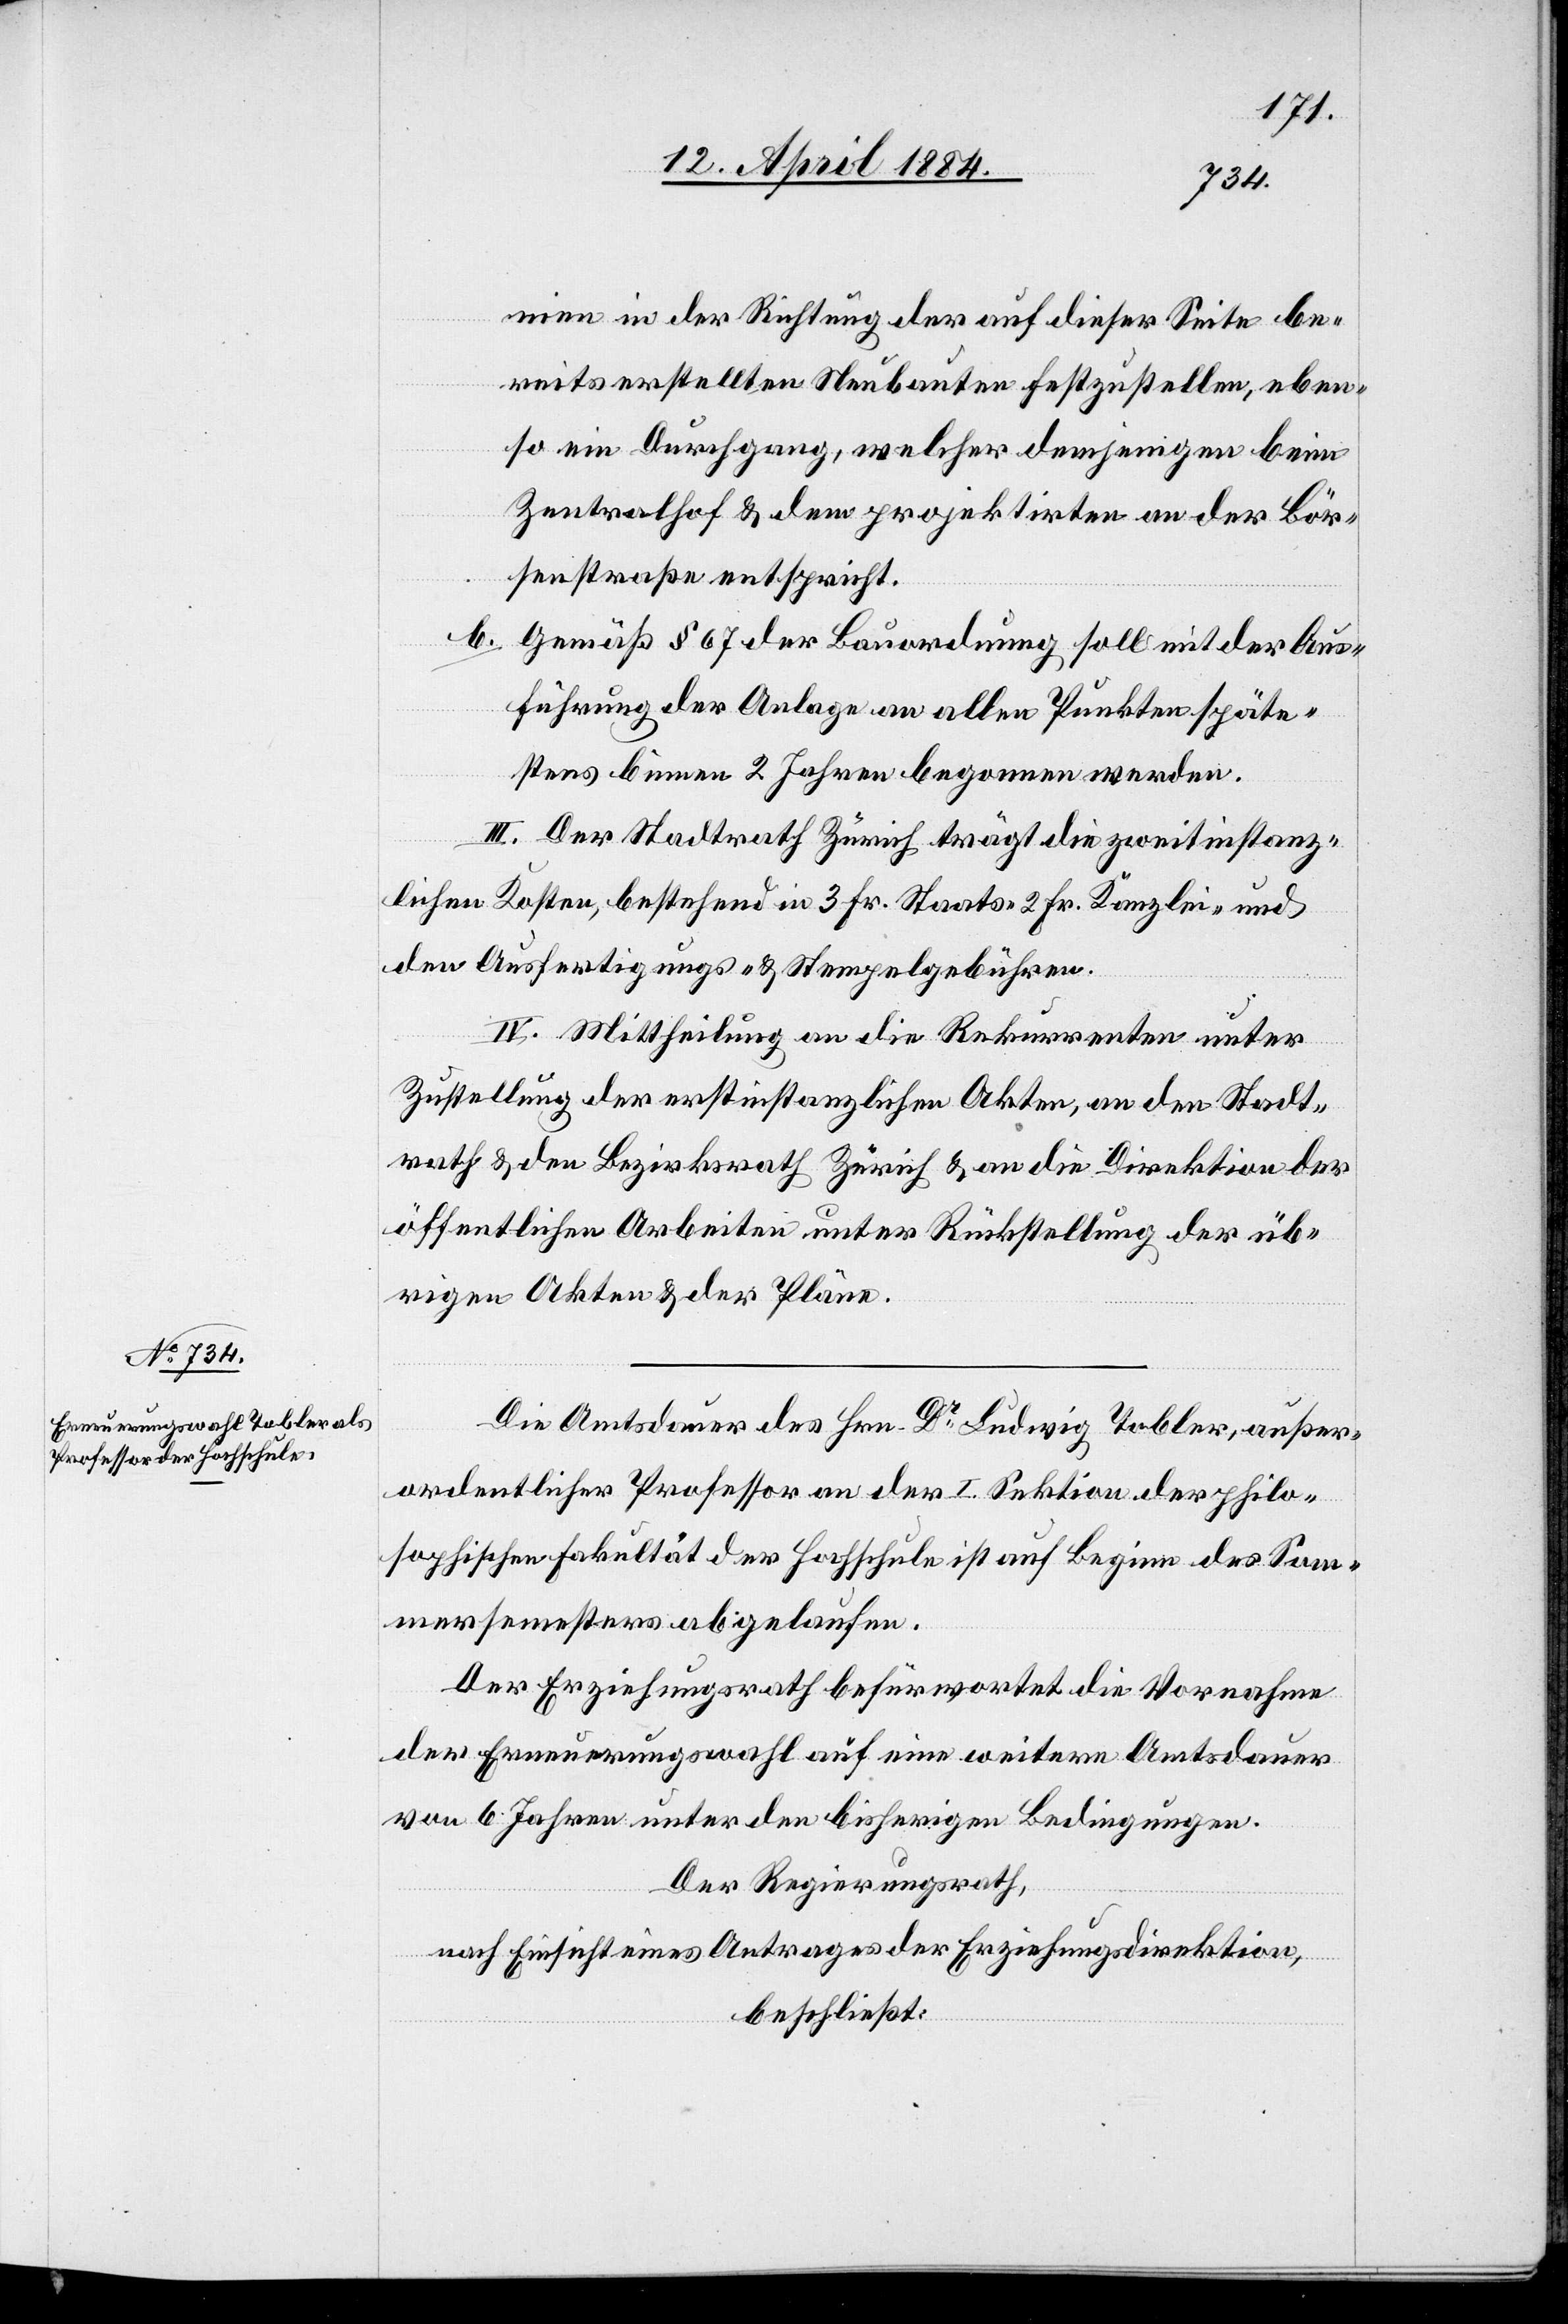
nien in der Richtung der auf dieser Seite be¬
reits erstellten Neubauten festzustellen, eben¬
so ein Durchgang, welcher demjenigen beim
Zentralhof & dem projektirten an der Bör¬
senstraße entspricht.
b. Gemäß § 67 der Bauordnung soll mit der Aus¬
führung der Anlage an allen Punkten späte¬
stens binnen 2 Jahren begonnen werden.
III. Der Stadtrath Zürich trägt die zweitinstanz¬
lichen Kosten, bestehend in 3 Fr. Staats-[,] 2 Fr. Kanzlei-[,] und
den Ausfertigung- & Stempelgebühren.
IV. Mittheilung an die Rekurrenten unter
Zustellung der erstinstanzlichen Akten, an den Stadt¬
rath & den Bezirksrath Zürich & an die Direktion der
öffentlichen Arbeiten unter Rückstellung der üb¬
rigen Akten & der Pläne.
Die Amtsdauer des Hrn. Dr Ludwig Tobler, außer¬
ordentlicher Professor an der I. Sektion der philo¬
sophischen Fakultät der Hochschule ist auf Beginn des Som¬
mersemesters abgelaufen.
Der Erziehungsrath befürwortet die Vornahme
der Erneuerungswahl auf eine weitere Amtsdauer
von 6 Jahren unter den bisherigen Bedingungen.
Der Regierungsrath,
nach Einsicht eines Antrages der Erziehungsdirektion,
beschließt: